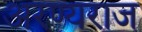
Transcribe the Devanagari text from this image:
अरण्यराज